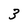
Character: 3